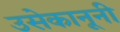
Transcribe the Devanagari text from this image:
उसेकानूनी